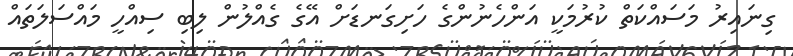
ގިނައިރު މަސައްކަތް ކުރުމަކީ އަންހެނުންގެ ހަށިގަނޑަށް އޭގެ ގެއްލުން ލިބި ސިއްހީ މައްސަލަތައް